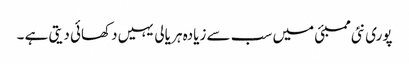
پوری نئی ممبئی میں سب سے زیادہ ہر یالی یہیں دکھائی دیتی ہے ۔